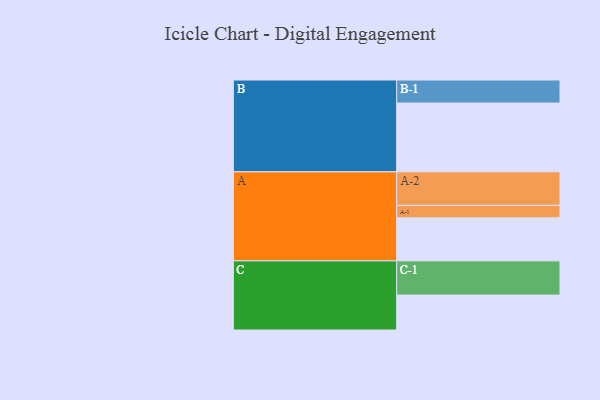
{"axis": {"x": "Segment", "y": "Value"}, "legend": ["", "A", "B", "C"], "data": [{"x": "A", "y": 370, "type": ""}, {"x": "B", "y": 591, "type": ""}, {"x": "C", "y": 300, "type": ""}, {"x": "A-1", "y": 107, "type": "A"}, {"x": "A-2", "y": 288, "type": "A"}, {"x": "B-1", "y": 198, "type": "B"}, {"x": "C-1", "y": 294, "type": "C"}]}